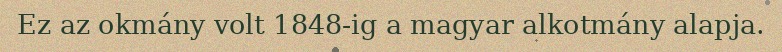
Ez az okmány volt 1848-ig a magyar alkotmány alapja.